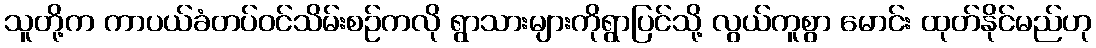
သူတို့က ကာပယ်ခံတပ်ဝင်သိမ်းစဉ်ကလို ရွာသားများကိုရွာပြင်သို့ လွယ်ကူစွာ မောင်း ထုတ်နိုင်မည်ဟု